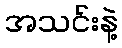
အသင်းနဲ့